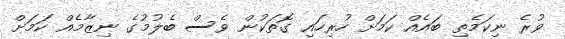
ވުރެ ނިކަމެތި ބައެއް ކަމަށް ހުރިހައި ގޮތަކުން ވެސް ބެލުމުގެ ނިޒާމެއް ކަމަށް